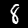
Digit: 8